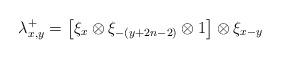
LaTeX: \begin{align*} \lambda^+_{x,y} = \left[\xi_x\otimes \xi_{-(y+2n-2)} \otimes 1\right]\otimes \xi_{x-y}\end{align*}